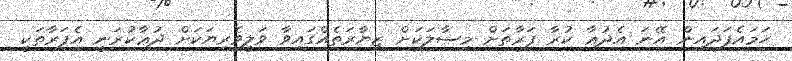
ހަމައެފަދައިން އޭނަ އެދުޢާ ކުރާ ފަރާތަށް މިސާލަކަށް ޒިޔާރަތެއްގައިވާ ވަލީވެރިޔަކަށް ދުޢާކުރަނީ އެފަރާތަކީ